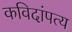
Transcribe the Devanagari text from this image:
कविदांपत्य